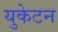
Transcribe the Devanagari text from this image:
युकेटन